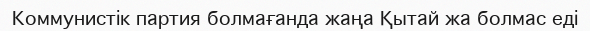
Коммунистік партия болмағанда жаңа Қытай жа болмас еді